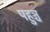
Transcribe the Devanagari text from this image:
पहुञ्च